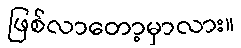
ဖြစ်လာတော့မှာလား။